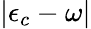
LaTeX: |\epsilon_{c}-\omega|